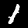
Label: 1